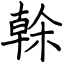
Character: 榦